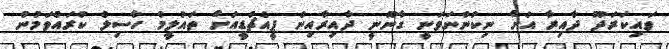
ވައިކަރަދޫ ދާއިރާ އަށް ނިކުންނަވަނީ ގާނޫނީ ދާއިރާއިން ޕީއެޗްޑީއަށް ތައުލީމް ހާސިލް ކުރައްވަމުން